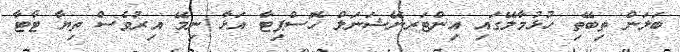
ބަލަން ތިބޭތި ހުޅުމާލޭގައި އިންޓަރނޭޝަނަލް ހޮސްޕިޓާ އަޅާ ނިމޭ އިރުވެސް ތިޔާ ޓާޓާ